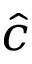
\hat { c }